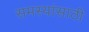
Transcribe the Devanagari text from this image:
समस्यांसाठी